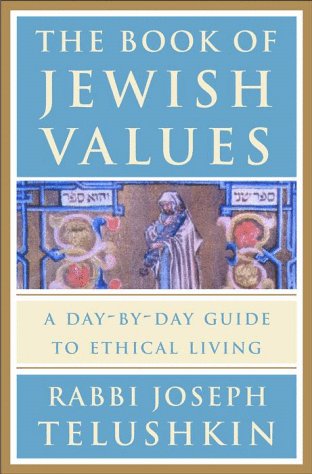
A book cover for The Book of Jewish Values: A Day-by-Day Guide to Ethical Living; Joseph Telushkin; Religion & Spirituality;